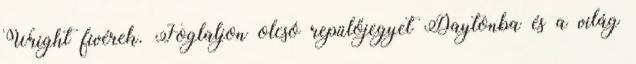
Wright fivérek. Foglaljon olcsó repülőjegyet Daytonba és a világ